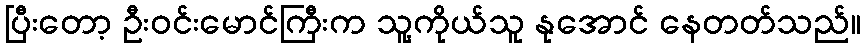
ပြီးတော့ ဦးဝင်းမောင်ကြီးက သူ့ကိုယ်သူ နုအောင် နေတတ်သည်။